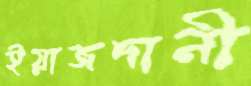
ইয়াজদানী